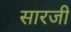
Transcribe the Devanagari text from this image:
सारजी